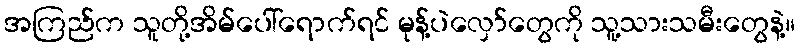
အကြည်က သူတို့အိမ်ပေါ်ရောက်ရင် မုန့်ပဲလှော်တွေကို သူ့သားသမီးတွေနဲ့။